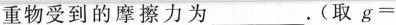
重物受到的摩擦力为___。(取g=